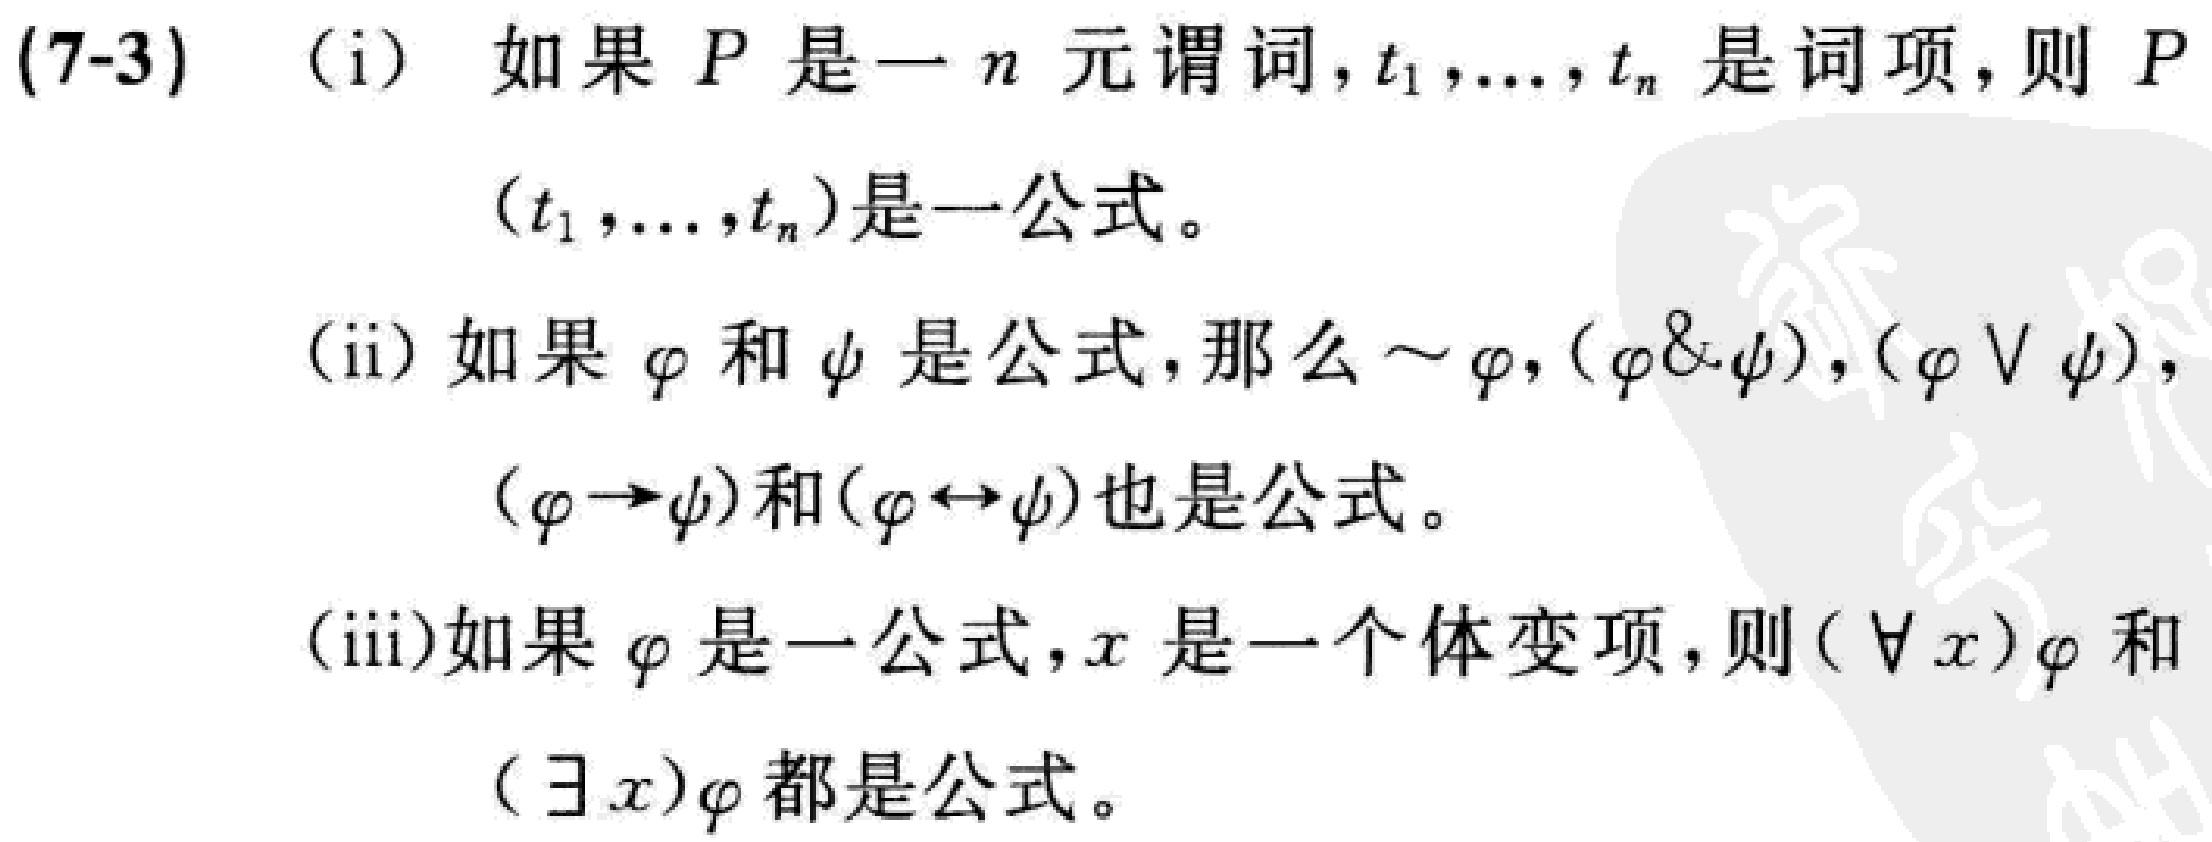
(7-3) (i) 如果 \(P\) 是一 \(n\) 元谓词, \(t_1,\ldots,t_n\) 是词项, 则 \(P(t_1,\ldots,t_n)\) 是一公式。
(ii) 如果 \(\varphi\) 和 \(\psi\) 是公式, 那么 \(\sim\varphi, (\varphi\&\psi), (\varphi\vee\psi), (\varphi\rightarrow\psi)\) 和 \((\varphi\leftrightarrow\psi)\) 也是公式。
(iii)如果 \(\varphi\) 是一公式, \(x\) 是一个体变项, 则 \((\forall x)\varphi\) 和 \((\exists x)\varphi\) 都是公式。